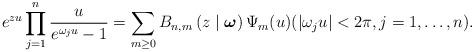
LaTeX: \begin{align*}e^{zu}\prod_{j=1}^{n} \frac{u}{e^{\omega _{j}u}-1} = \sum_{m\geq 0} B_{n, m}\left(z \mid {\boldsymbol{\omega}} \right) \Psi _{m}(u) (|\omega _{j}u|<2\pi ,j=1,\ldots ,n). \end{align*}